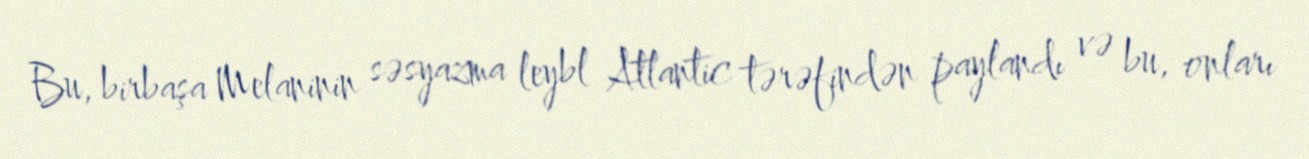
Bu, birbaşa Melaninin səsyazma leybl Atlantic tərəfindən paylandı və bu, onları